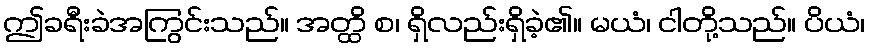
ဤခရီးခဲအကြွင်းသည်။ အတ္ထိ စ၊ ရှိလည်းရှိခဲ့၏။ မယံ၊ ငါတို့သည်။ ပိယံ၊